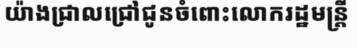
យ៉ាងជ្រាលជ្រៅជូនចំពោះលោករដ្ឋមន្ត្រី